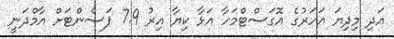
އަދި މިދިޔަ އަހަރުގެ އޮގަސްޓްމަހާ އަޅާ ކިޔާ އިރު 7.9 ޕަސެންޓަށް އާމްދަނީ